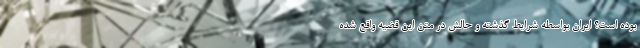
بوده است؟ ایران بواسطه شرایط گذشته و حالش در متن این قضیه واقع شده